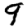
Digit: 9